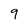
Character: 9